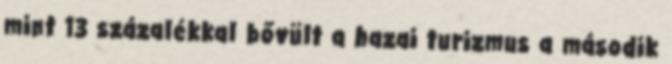
mint 13 százalékkal bővült a hazai turizmus a második